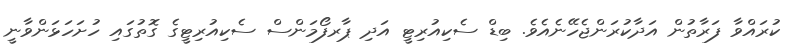
ކުރައްވާ ފަރާތުން އަދާކުރަންޖެހޭނެއެވެ. ބިޑް ސެކިއުރިޓީ އަދި ޕާރފޯމަންސް ސެކިއުރިޓީގެ ގޮތުގައި ހުށަހަޅަންވާނީ